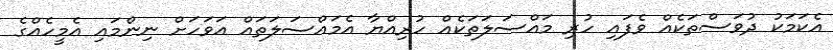
އެކަމަކު ދުވަސްތަކެއް ވެފައި ހުރި މައްސަލަތަކެއް ހުރިއްޔާ އެމައްސަލަތައް އަވަހަށް ނިންމައި އެމީހެއްގެ